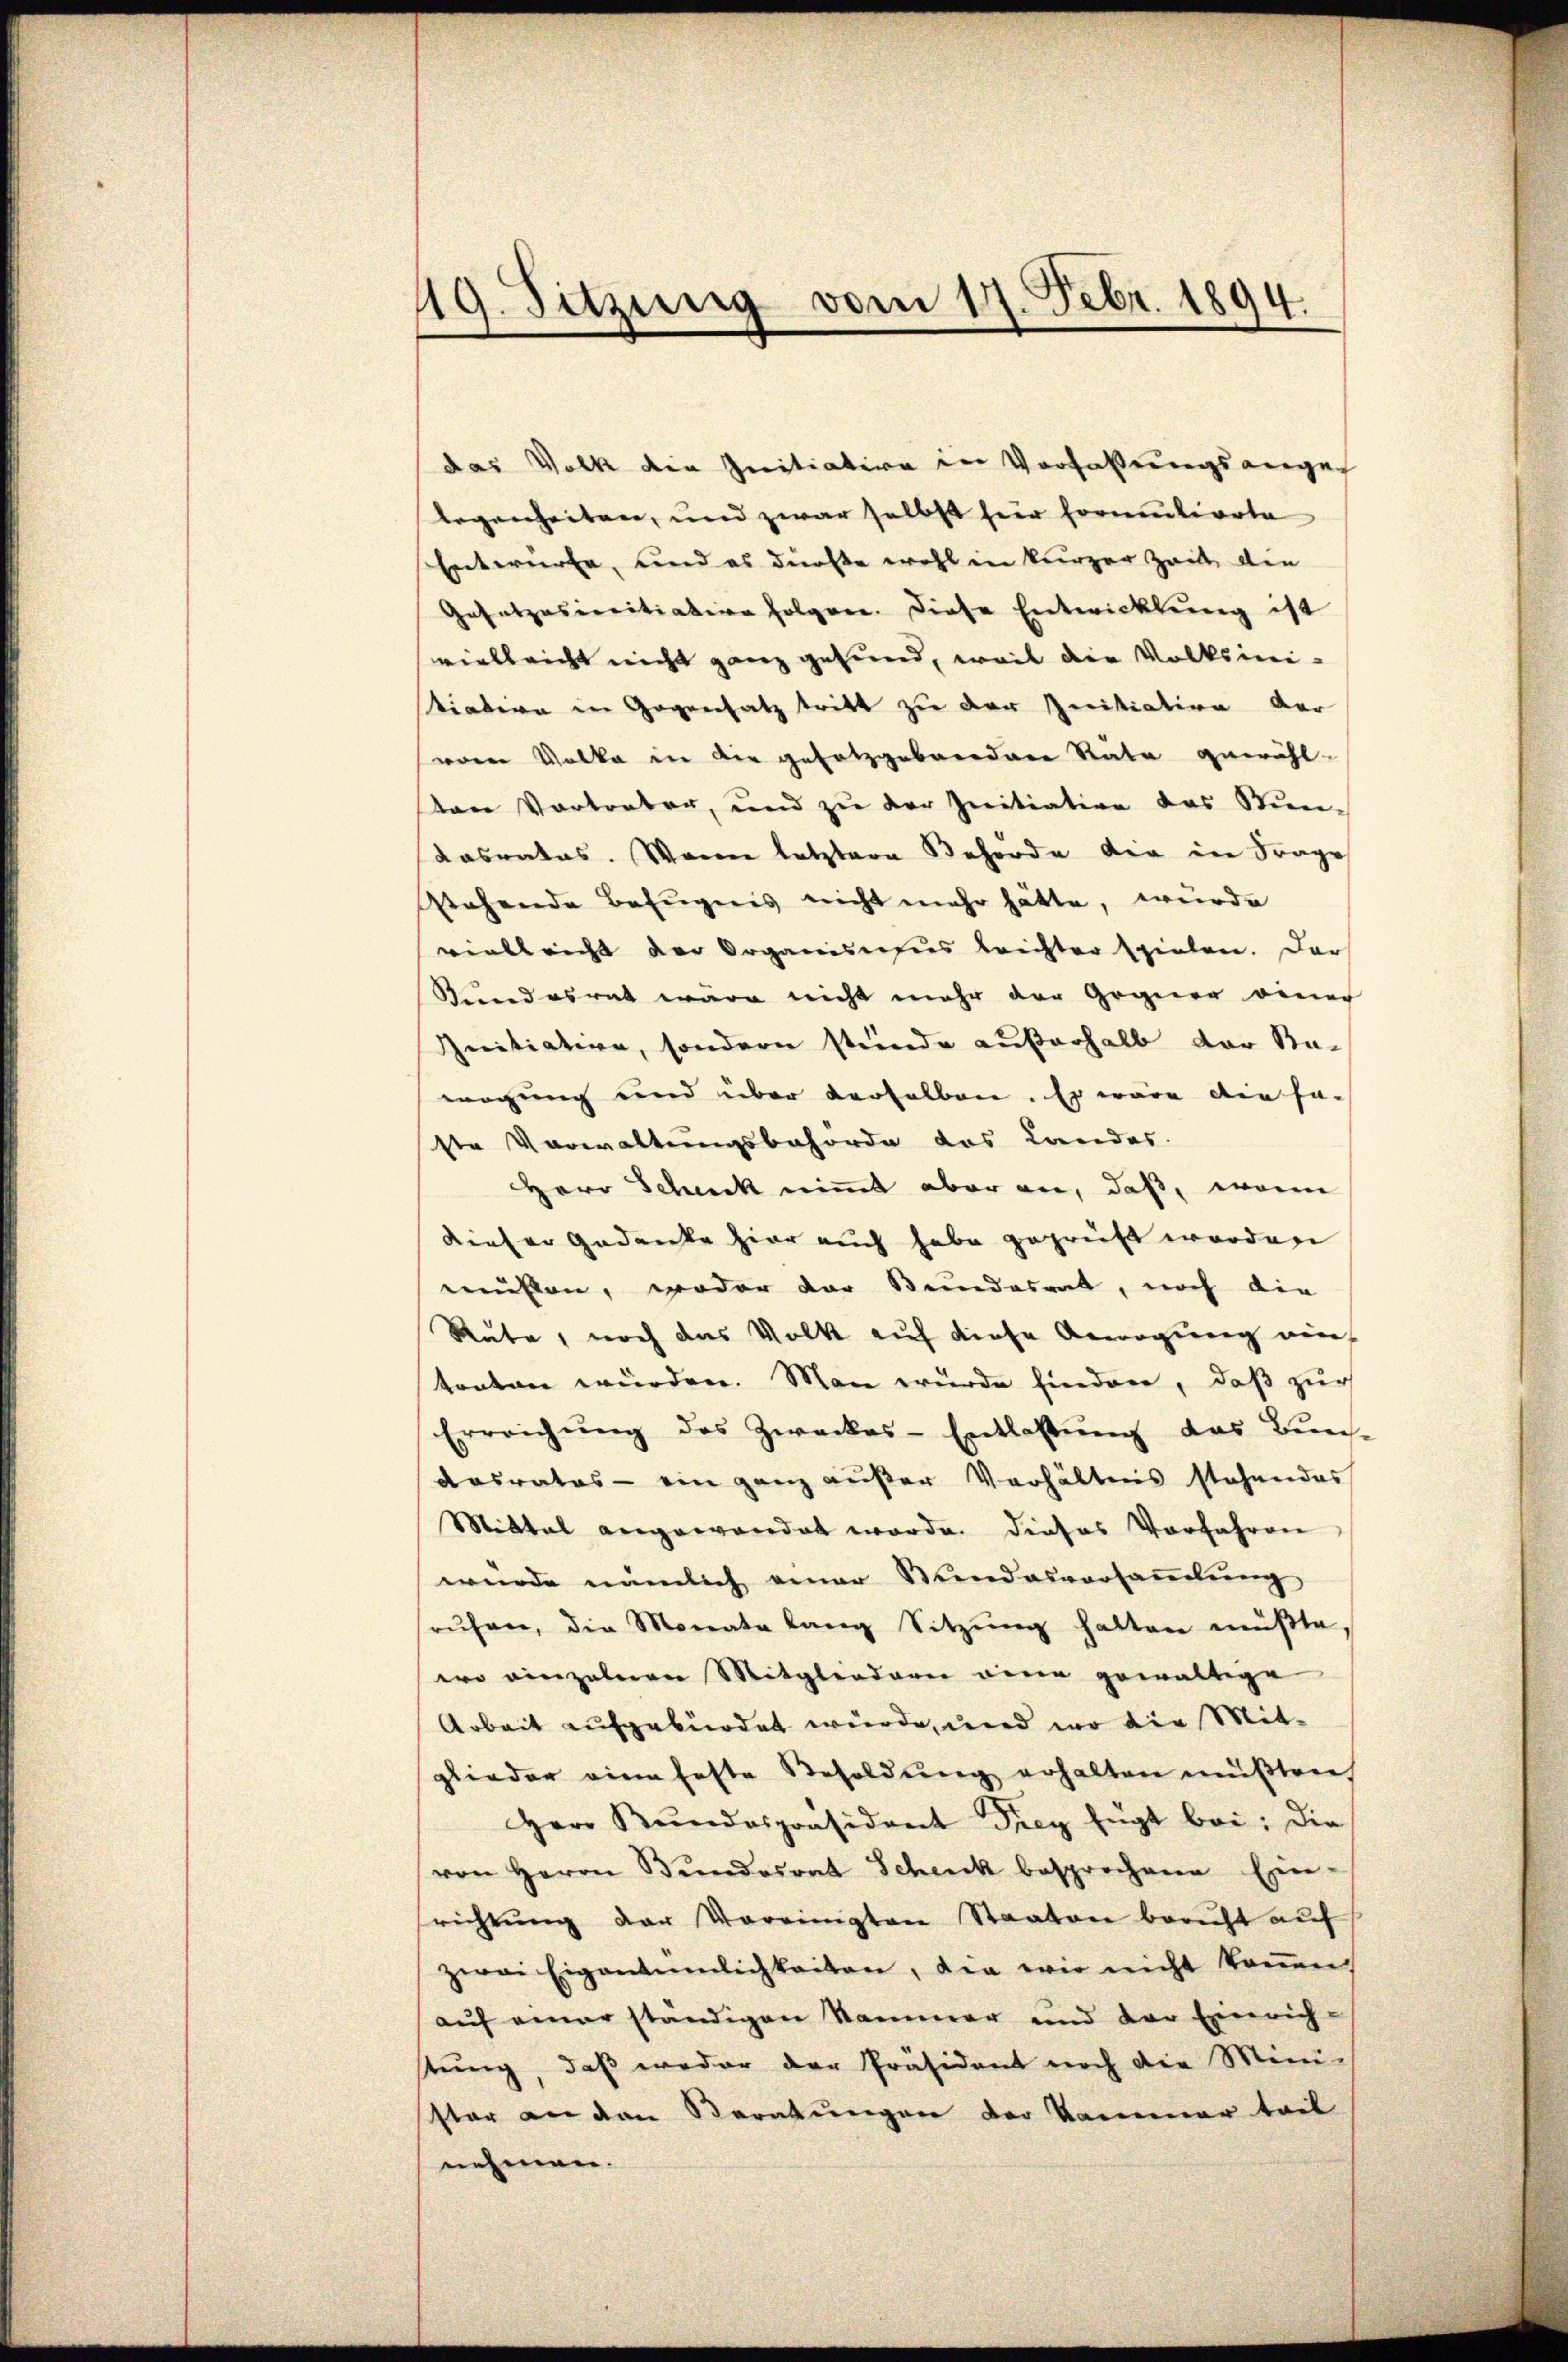
19. Sitzung vom 17. Febr. 1894.

das Volk die Initiation in Verfaßungsanges
legenheiten, und zwar selbst für Formulierte
Entwürfe, und es dürfte wohl in kurzer Zeit den
Gesetzesercitiation folgen. Diese Entwicklung ist
vielleicht nicht ganz gesund, weil die Volksini-
tiatern in Gegensatz tritt zu der Initiation der
vor Volke in die gesetzgebendene Rate gewählten Vortreter, und zu der Initiative das Stun-
Kasrates. Wenn letztere Behörde der in Frage
stehende Befugnis nicht mehr hätte, wurde
vielleicht der Organismus leichter spielen. Dar
Kundesrat wäre nicht mehr der Gegner einer
Initiation, sondern stünde außerhalb der Stawägung und über derselben. Es wäre die Fa-
ste Vorwaltungsbehörde das Landes.
Herr Schuck nimmt aber an, daß, wenn
dieser Gedanke hier auch habe geprüft worden
mühten, weder der Stundesrat, noch die
Rute, noch das Volk auf diese Anregung wei
traten würden. Man wurde hindern, daß zur
Erreichŭng des Zweckes-Entlassŭng das Bun-
Kasrates - ein ganz außer Verhältnis stehendes
Mittal angewandet worde. Dieses Vorfahren
wurde nämlich einer Sandesversammlung
rŭfen, die Monate lang Sitzŭng halten müβte,
wo einzelnen Mitgliedern eine gewältige
Arbeit aufgebürdet wurde, und wo die Mitglieder eine feste Besoldŭng erhalten müßten
Herr Kŭndespräsident drey fügt bei: die
von Herrn Bŭndesrat Schenk besprochene Ein-
richtung der Vereinigten Staaten bericht auf
zwei Eigentümlichkeiten, die wir nicht können.
auf einer ständigen Sammer und der Einrich-
stung, daß weder der Präsident noch die Mini-
ster an den Beratungen der Kammer teil
nehmen.